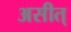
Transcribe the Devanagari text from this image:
असीत्